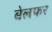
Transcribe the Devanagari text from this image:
बेलफर